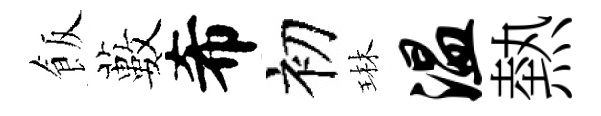
飯藪希初琳温熱